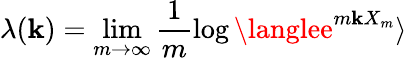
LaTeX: \lambda(\mathbf{k})=\operatorname*{lim}_{m\to\infty}\frac{{1}}{{m}}\log\langlee^{m\mathbf{k}X_{m}}\rangle